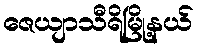
ဇေယျာသီရိမြို့နယ်